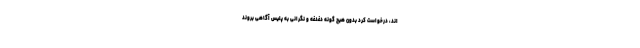
اند، درخواست کرد بدون هیچ گونه دغدغه و نگرانی به پلیس آگاهی بروند